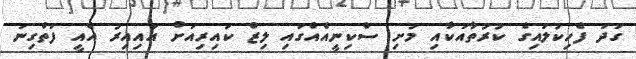
ގަދަ ފެހިކުލައިގެ ކުރުތާއަކާއި މުށި ސްކިނީއެއްގައި ލިޒް ކައިރިއަށް އައިއިރު އެއީ ފަތްގިނަ